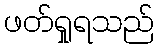
ဖတ်ရှုရသည်